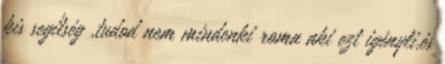
kis segítség ,tudod nem mindenki roma aki ezt igényli,és